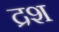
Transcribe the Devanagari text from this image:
द्रश